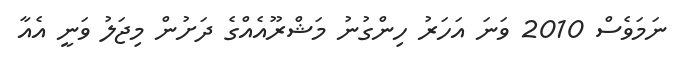
ނަމަވެސް 2010 ވަނަ އަހަރު ހިންގުނު މަޝްރޫއެއްގެ ދަށުން މިޖަލު ވަނީ އެއާ